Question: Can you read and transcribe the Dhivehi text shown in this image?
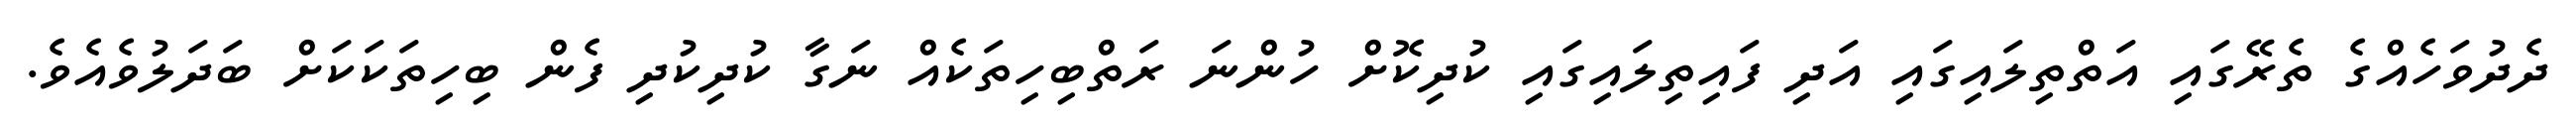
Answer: ދެދުވަހެއްގެ ތެރޭގައި އަތްތިލައިގައި އަދި ފައިތިލައިގައި ކުދިކޮށް ހުންނަ ރަތްބިހިތަކެއް ނަގާ ކުދިކުދި ފެން ބިހިތަކަކަށް ބަދަލުވެއެވެ.